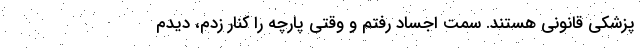
پزشکی قانونی هستند. سمت اجساد رفتم و وقتی پارچه را کنار زدم، دیدم